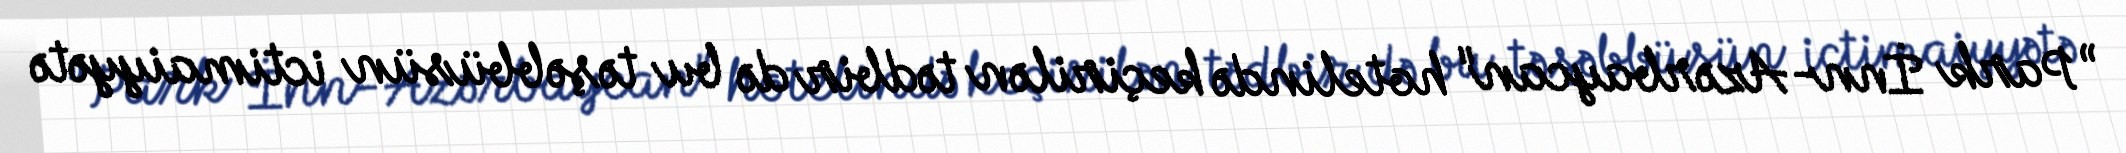
”Park İnn-Azərbaycan" hotelində keçirilən tədbir də bu təşəbbüsün ictimaiyyətə